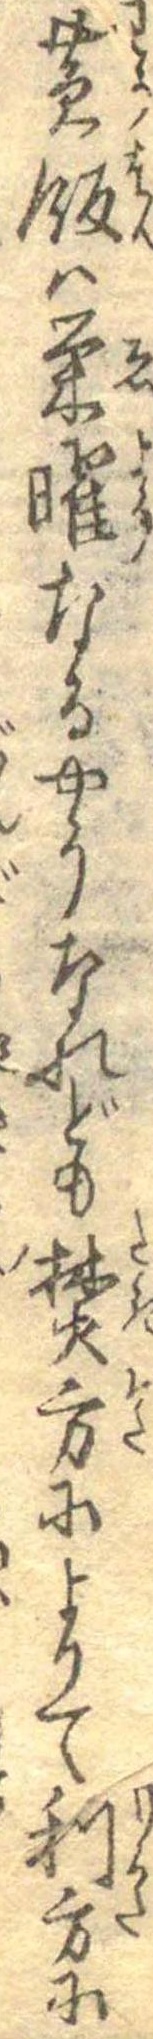
黄飯は栄曜なるやうなれども焚方によりて利方に